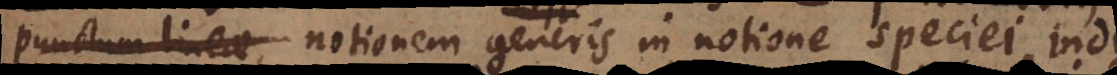
punctum lineae, notionem generis in notione speciei, ind